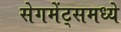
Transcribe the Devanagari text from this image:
सेगमेंट्समध्ये